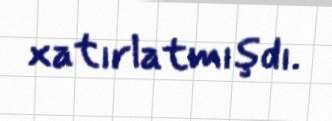
xatırlatmışdı.